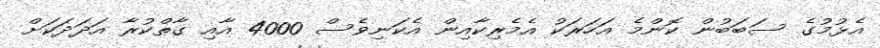
އެޅުމުގެ ސަބަބުން ކޮންމެ އަހަރަކު އެމެރިކާއިން އެކަނިވެސް 4000 އާއި ގާތްކުރާ އަދަދަކަށް